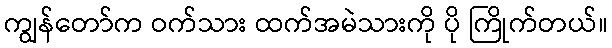
ကျွန်တော်က ဝက်သား ထက်အမဲသားကို ပို ကြိုက်တယ်။